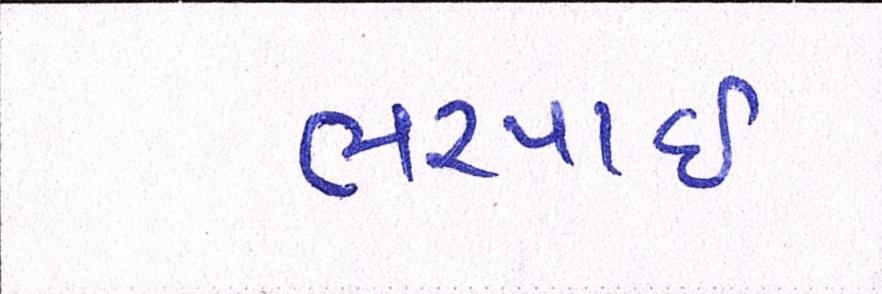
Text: ભરપાઈ